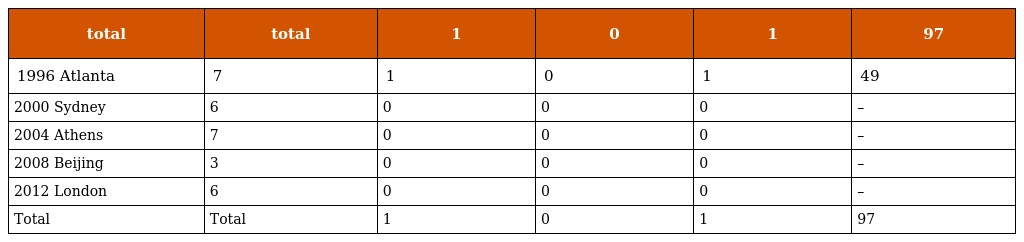
| total | total | 1 | 0 | 1 | 97 |
 | --- | --- | --- | --- | --- | --- |
 | 1996 Atlanta | 7 | 1 | 0 | 1 | 49 |
 | 2000 Sydney | 6 | 0 | 0 | 0 | – |
 | 2004 Athens | 7 | 0 | 0 | 0 | – |
 | 2008 Beijing | 3 | 0 | 0 | 0 | – |
 | 2012 London | 6 | 0 | 0 | 0 | – |
 | Total | Total | 1 | 0 | 1 | 97 |